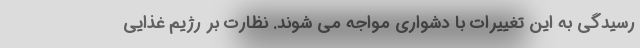
رسیدگی به این تغییرات با دشواری مواجه می شوند. نظارت بر رژیم غذایی